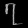
Digit: ၇